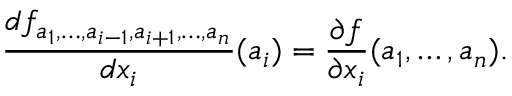
{ \frac { d f _ { a _ { 1 } , \ldots , a _ { i - 1 } , a _ { i + 1 } , \ldots , a _ { n } } } { d x _ { i } } } ( a _ { i } ) = { \frac { \partial f } { \partial x _ { i } } } ( a _ { 1 } , \ldots , a _ { n } ) .